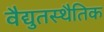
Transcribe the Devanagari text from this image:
वैद्युतस्थैतिक